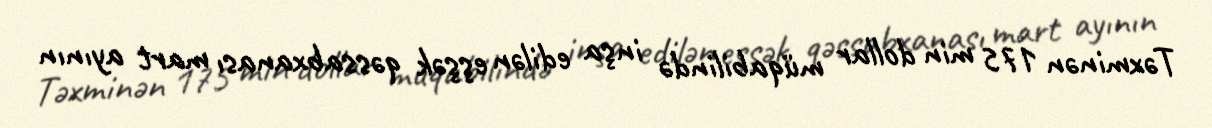
Təxminən 175 min dollar müqabilində inşa edilən eşşək qəssabxanası mart ayının